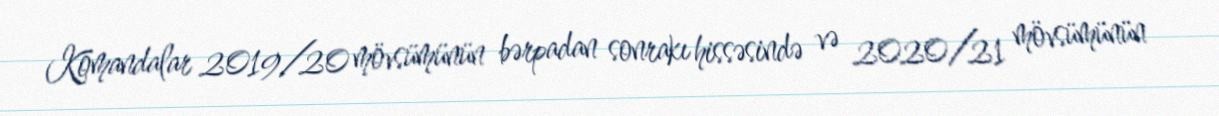
Komandalar 2019/20 mövsümünün bərpadan sonrakı hissəsində və 2020/21 mövsümünün